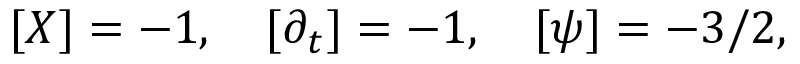
[ X ] = - 1 , \quad [ \partial _ { t } ] = - 1 , \quad [ \psi ] = - 3 / 2 ,